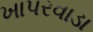
ખાપરવાડા